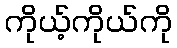
ကိုယ့်ကိုယ်ကို